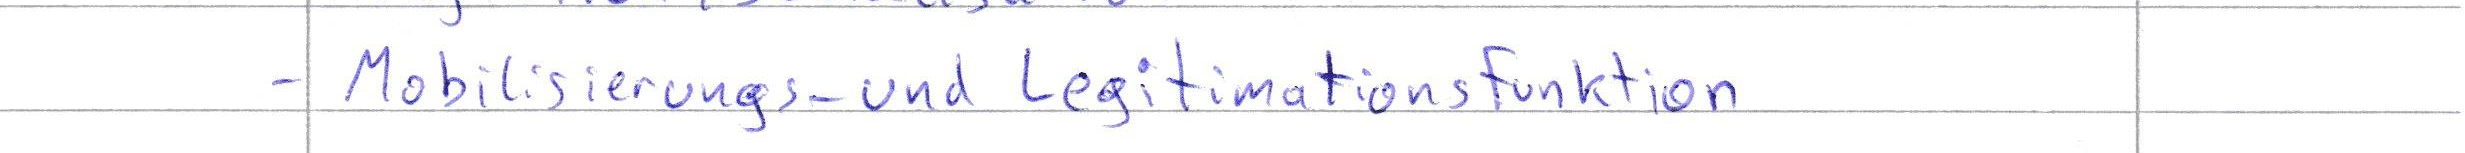
- Mobilisierungs- und Legitimationsfunktion